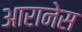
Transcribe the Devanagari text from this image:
आरानेस